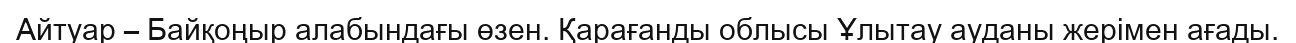
Айтуар – Байқоңыр алабындағы өзен. Қарағанды облысы Ұлытау ауданы жерімен ағады.